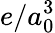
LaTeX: e/a_{0}^{3}